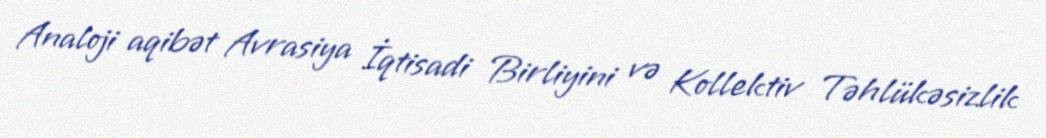
Analoji aqibət Avrasiya İqtisadi Birliyini və Kollektiv Təhlükəsizlik